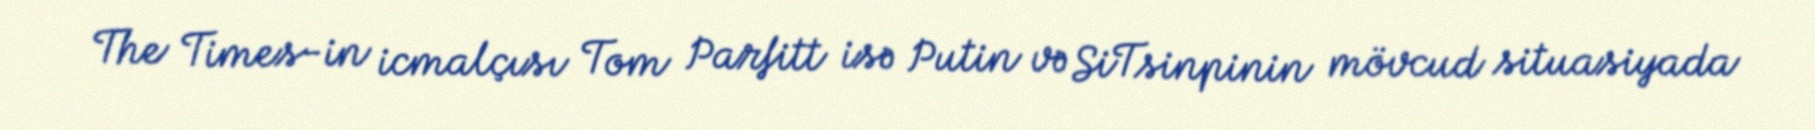
The Times-in icmalçısı Tom Parfitt isə Putin və SiTsinpinin mövcud situasiyada